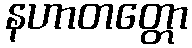
နဟာတတ္တော